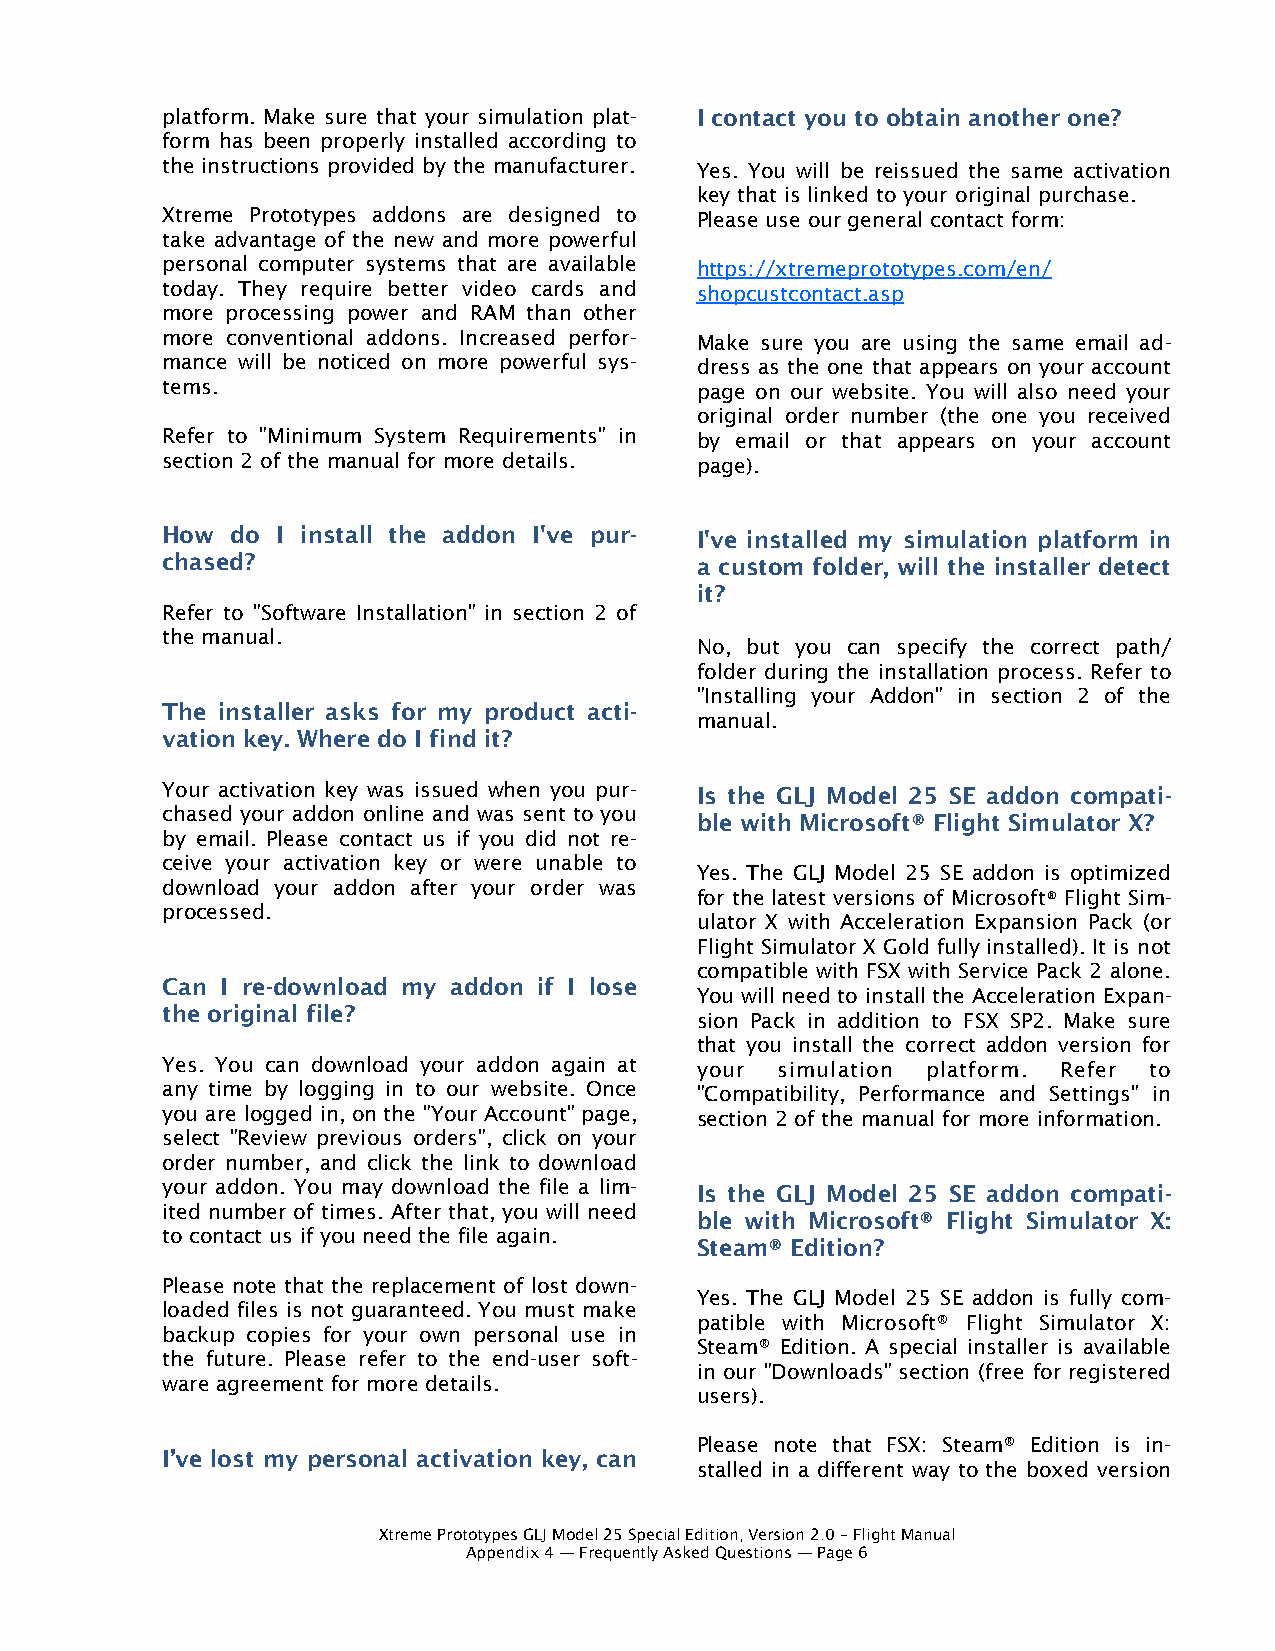
platform. Make sure that your simulation plat- I contact you to obtain another one?
 form has been properly installed according to
 the instructions provided by the manufacturer. Yes. You will be reissued the same activation
 key that is linked to your original purchase.
 Xtreme Prototypes addons are designed to Please use our general contact form:
 take advantage of the new and more powerful
 personal computer systems that are available https://xtremeprototypes.com/en/
 today. They require better video cards and shopcustcontact.asp
 more processing power and RAM than other
 more conventional addons. Increased perfor- Make sure you are using the same email ad-
 mance will be noticed on more powerful sys- dress as the one that appears on your account
 tems.                              page on our website. You will also need your
 original order number (the one you received
 Refer to "Minimum System Requirements" in by email or that appears on your account
 section 2 of the manual for more details. page).
 How do I install the addon I've pur- I've installed my simulation platform in
 chased?                            a custom folder, will the installer detect
 it?
 Refer to "Software Installation" in section 2 of
 the manual.
 No, but you can specify the correct path/
 folder during the installation process. Refer to
 "Installing your Addon" in section 2 of the
 The installer asks for my product acti-
 manual.
 vation key. Where do I find it?
 Your activation key was issued when you pur- Is the GLJ Model 25 SE addon compati-
 chased your addon online and was sent to you
 ble with Microsoft® Flight Simulator X?
 by email. Please contact us if you did not re-
 ceive your activation key or were unable to
 Yes. The GLJ Model 25 SE addon is optimized
 download your addon after your order was
 for the latest versions of Microsoft® Flight Sim-
 processed.
 ulator X with Acceleration Expansion Pack (or
 Flight Simulator X Gold fully installed). It is not
 compatible with FSX with Service Pack 2 alone.
 Can I re-download my addon if I lose
 You will need to install the Acceleration Expan-
 the original file?
 sion Pack in addition to FSX SP2. Make sure
 that you install the correct addon version for
 Yes. You can download your addon again at your simulation platform. Refer to
 any time by logging in to our website. Once "Compatibility, Performance and Settings" in
 you are logged in, on the "Your Account" page, section 2 of the manual for more information.
 select "Review previous orders", click on your
 order number, and click the link to download
 your addon. You may download the file a lim- Is the GLJ Model 25 SE addon compati-
 ited number of times. After that, you will need
 ble with Microsoft® Flight Simulator X:
 to contact us if you need the file again.
 Steam® Edition?
 Please note that the replacement of lost down-
 Yes. The GLJ Model 25 SE addon is fully com-
 loaded files is not guaranteed. You must make
 patible with Microsoft® Flight Simulator X:
 backup copies for your own personal use in
 Steam® Edition. A special installer is available
 the future. Please refer to the end-user soft-
 in our "Downloads" section (free for registered
 ware agreement for more details.
 users).
 Please note that FSX: Steam® Edition is in-
 I’ve lost my personal activation key, can
 stalled in a different way to the boxed version
 Xtreme Prototypes GLJ Model 25 Special Edition, Version 2.0 – Flight Manual
 Appendix 4 — Frequently Asked Questions — Page 6